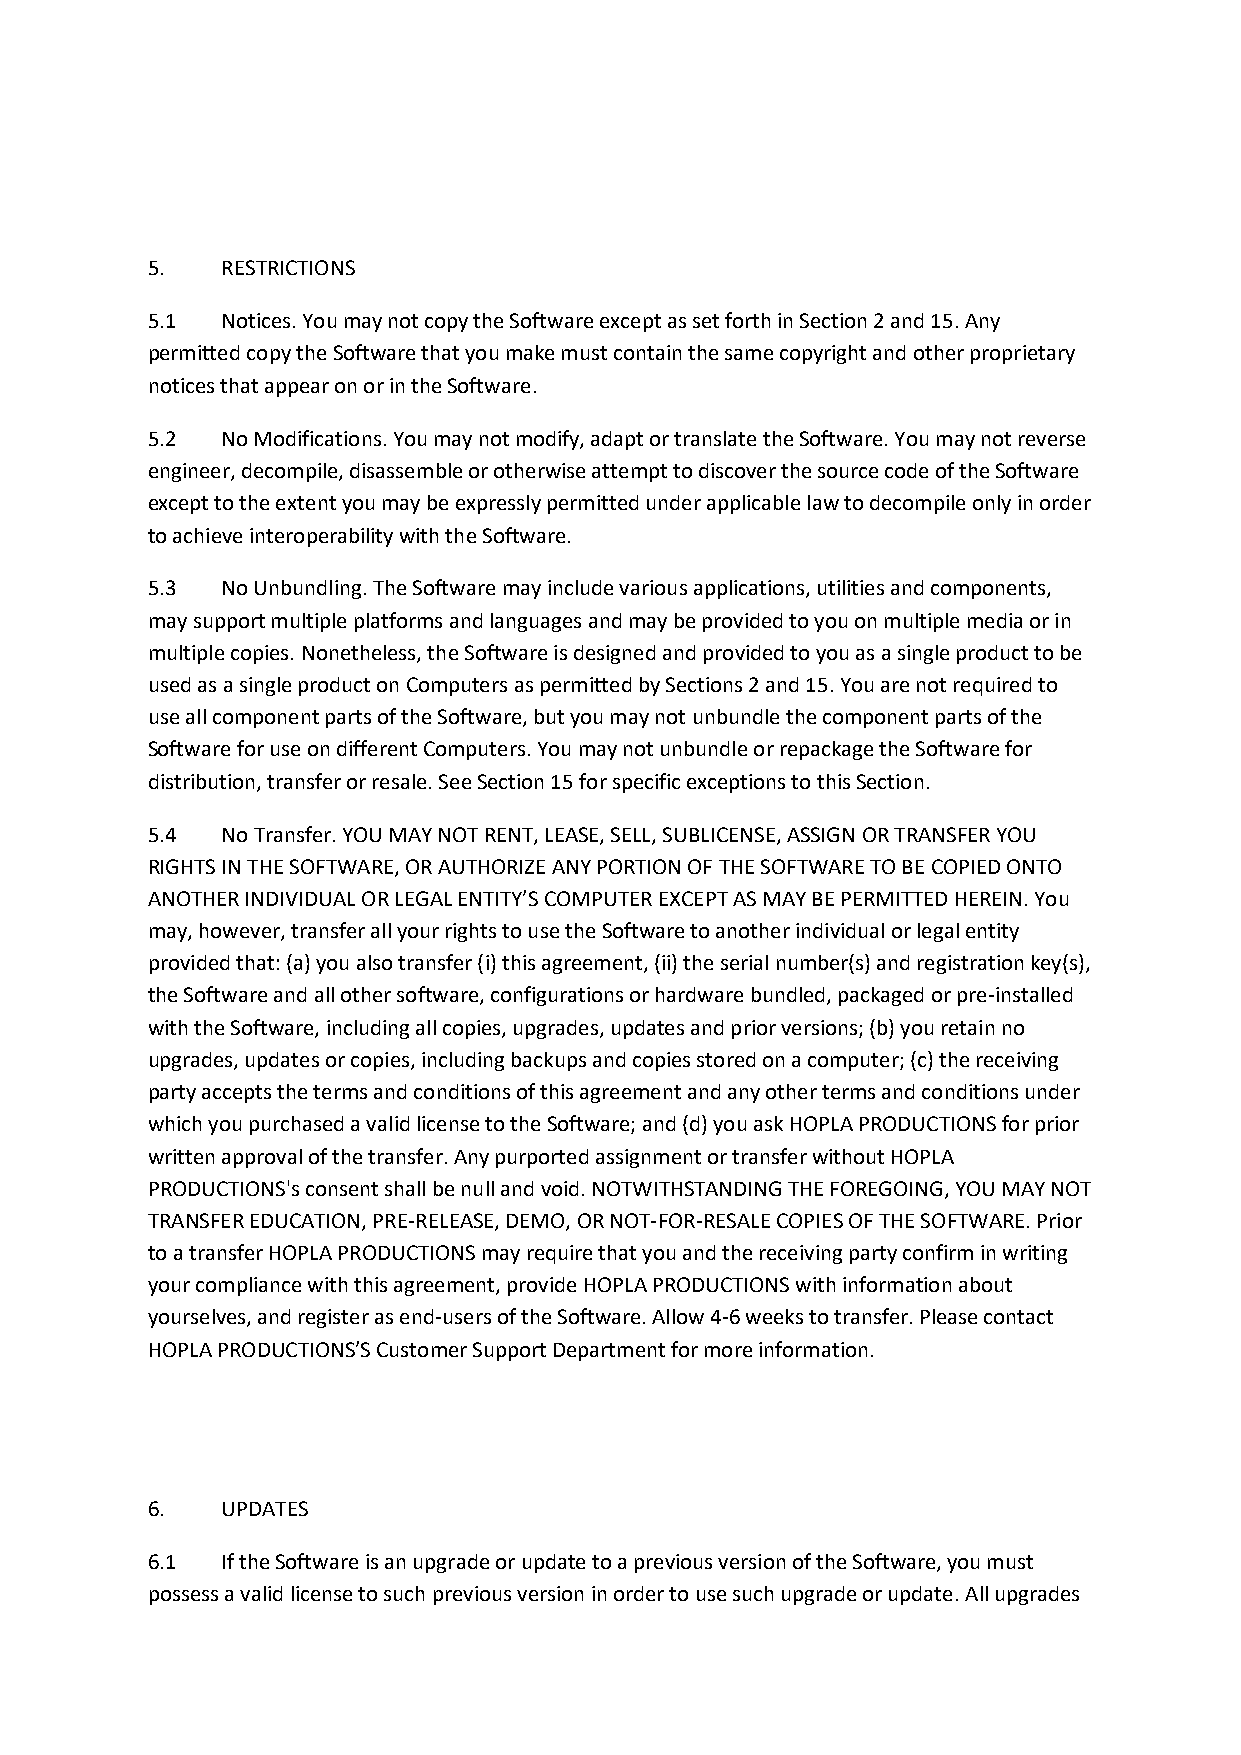
5.   RESTRICTIONS
 5.1  Notices. You may not copy the Software except as set forth in Section 2 and 15. Any
 permitted copy the Software that you make must contain the same copyright and other proprietary
 notices that appear on or in the Software.
 5.2  No Modifications. You may not modify, adapt or translate the Software. You may not reverse
 engineer, decompile, disassemble or otherwise attempt to discover the source code of the Software
 except to the extent you may be expressly permitted under applicable law to decompile only in order
 to achieve interoperability with the Software.
 5.3  No Unbundling. The Software may include various applications, utilities and components,
 may support multiple platforms and languages and may be provided to you on multiple media or in
 multiple copies. Nonetheless, the Software is designed and provided to you as a single product to be
 used as a single product on Computers as permitted by Sections 2 and 15. You are not required to
 use all component parts of the Software, but you may not unbundle the component parts of the
 Software for use on different Computers. You may not unbundle or repackage the Software for
 distribution, transfer or resale. See Section 15 for specific exceptions to this Section.
 5.4  No Transfer. YOU MAY NOT RENT, LEASE, SELL, SUBLICENSE, ASSIGN OR TRANSFER YOU
 RIGHTS IN THE SOFTWARE, OR AUTHORIZE ANY PORTION OF THE SOFTWARE TO BE COPIED ONTO
 ANOTHER INDIVIDUAL OR LEGAL ENTITY’S COMPUTER EXCEPT AS MAY BE PERMITTED HEREIN. You
 may, however, transfer all your rights to use the Software to another individual or legal entity
 provided that: (a) you also transfer (i) this agreement, (ii) the serial number(s) and registration key(s),
 the Software and all other software, configurations or hardware bundled, packaged or pre-installed
 with the Software, including all copies, upgrades, updates and prior versions; (b) you retain no
 upgrades, updates or copies, including backups and copies stored on a computer; (c) the receiving
 party accepts the terms and conditions of this agreement and any other terms and conditions under
 which you purchased a valid license to the Software; and (d) you ask HOPLA PRODUCTIONS for prior
 written approval of the transfer. Any purported assignment or transfer without HOPLA
 PRODUCTIONS's consent shall be null and void. NOTWITHSTANDING THE FOREGOING, YOU MAY NOT
 TRANSFER EDUCATION, PRE-RELEASE, DEMO, OR NOT-FOR-RESALE COPIES OF THE SOFTWARE. Prior
 to a transfer HOPLA PRODUCTIONS may require that you and the receiving party confirm in writing
 your compliance with this agreement, provide HOPLA PRODUCTIONS with information about
 yourselves, and register as end-users of the Software. Allow 4-6 weeks to transfer. Please contact
 HOPLA PRODUCTIONS’S Customer Support Department for more information.
 6.   UPDATES
 6.1  If the Software is an upgrade or update to a previous version of the Software, you must
 possess a valid license to such previous version in order to use such upgrade or update. All upgrades